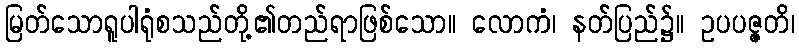
မြတ်သောရူပါရုံစသည်တို့၏တည်ရာဖြစ်သော။ လောကံ၊ နတ်ပြည်၌။ ဥပပဇ္ဇတိ၊